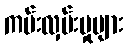
ကမ်းလှမ်းမှုများ